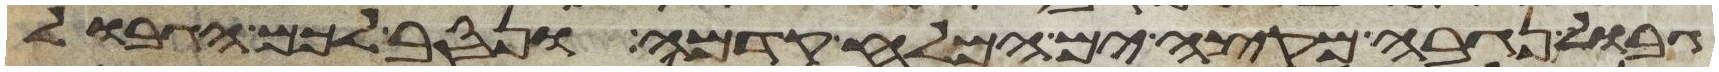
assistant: גבול נגבה מקצה ים המלח קדמה ונסב לכם הגבול